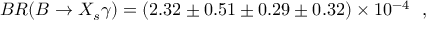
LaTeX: B R ( B \rightarrow X _ { s } \gamma ) = ( 2 . 3 2 \pm 0 . 5 1 \pm 0 . 2 9 \pm 0 . 3 2 ) \times 1 0 ^ { - 4 } \, \, \, \, ,